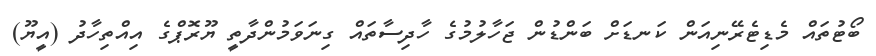
ބޯޓުތައް މެޑިޓެރޭނިއަން ކަނޑަށް ބަންޑުން ޖަހާލުމުގެ ހާދިސާތައް ގިނަވަމުންދާތީ ޔޫރޮޕްގެ އިއްތިހާދު (އީޔޫ)